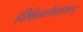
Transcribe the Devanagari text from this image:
हरिश्चंद्रनलोपाख्यानमु